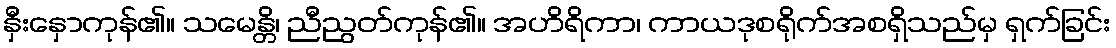
နှီးနှောကုန်၏။ သမေန္တိ၊ ညီညွတ်ကုန်၏။ အဟိရိကာ၊ ကာယဒုစရိုက်အစရှိသည်မှ ရှက်ခြင်း